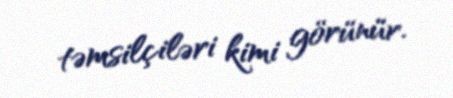
təmsilçiləri kimi görünür.